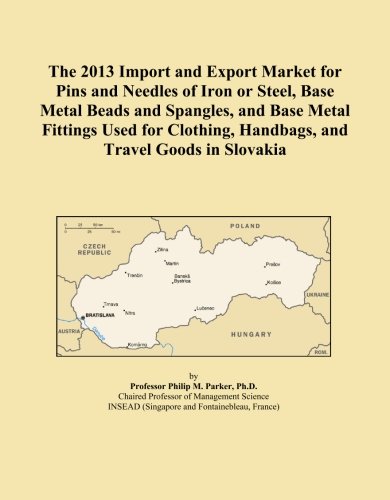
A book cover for The 2013 Import and Export Market for Pins and Needles of Iron or Steel, Base Metal Beads and Spangles, and Base Metal Fittings Used for Clothing, Handbags, and Travel Goods in Slovakia; Icon Group International; Travel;